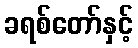
ခရစ်တော်နှင့်